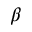
\beta